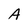
Character: A